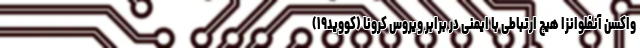
واکسن آنفلوانزا هیچ ارتباطی با ایمنی در برابر ویروس کرونا (کووید۱۹)